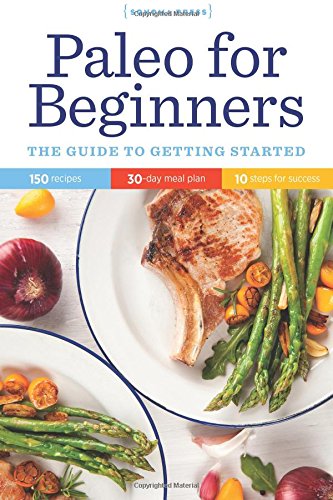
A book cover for Paleo for Beginners: The Guide to Getting Started; Sonoma Press; Health, Fitness & Dieting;